Vaccine operations Central Provinces 1900-1911 - 1900-1911
Year: 1900
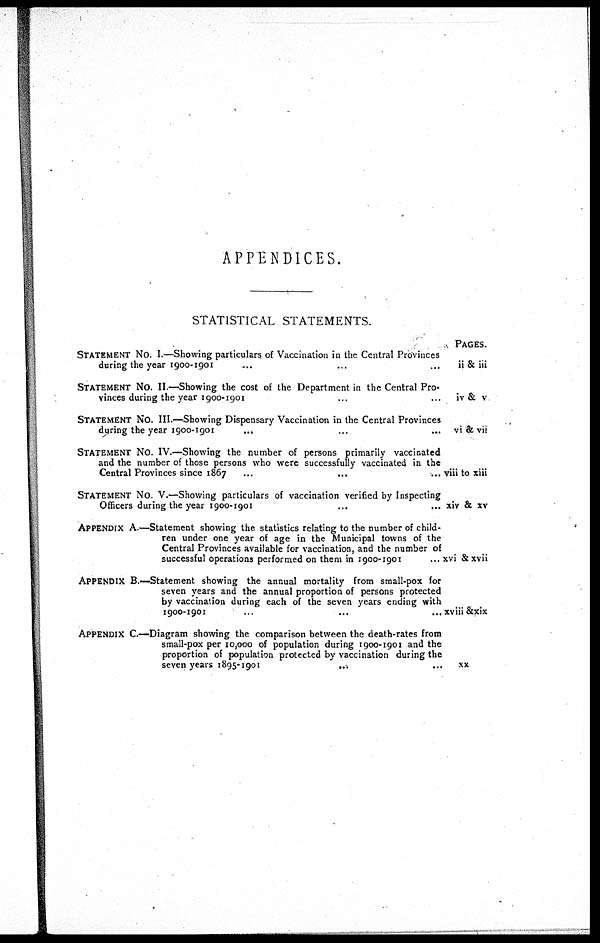
APPENDICES.
STATISTICAL STATEMENTS.
STATEMENT No. I.—Showing particulars of Vaccination in the Central Provinces
during the year 1900-1901 ... ... ...
STATEMENT No. II.—Showing the cost of the Department in the Central Pro-
vinces during the year 1900-1901 ... ...
STATEMENT No. III.—Showing Dispensary Vaccination in the Central Provinces
during the year 1900-1901
... ... ...
STATEMENT NO. IV.—Showing the number of persons primarily vaccinated
and the number of those persons who were successfully vaccinated in the
Central Provinces since 1867 ... ... ...
STATEMENT No V.—Showing particulars of vaccination verified by Inspecting
Officers during the year 1900-1901 ... ...
APPENDIX A.—Statement showing the statistics relating to the number of child-
ren under one year of age in the Municipal towns of the
Central Provinces available for vaccination, and the number of
successful operations performed on them in 1900-1901
...
APPENDIX B.—Statement showing the annual mortality from small-pox for
seven years and the annual proportion of persons protected
by vaccination during each of the seven years ending with
1900-1901 ... ... ...
APPENDIX C—Diagram showing the comparison between the death-rates from
small-pox per 10,000 of population during 1900-1901 and the
proportion of population protected by vaccination during the
seven years 1895-1901
...
...
PAGES.
ii & iii
iv & v
vi & vii
viii to xiii
xiv & xv
xvi &xvii
xv iii &xix
xx